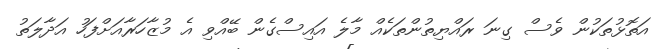
އަތޮޅުތަކުން ވެސް ގިނަ ރައްޔިތުންތަކެއް މާލެ އައިސްގެން ބޭއްވި އެ މުޒާހަރާއަށްފަހު އަދާލަތު